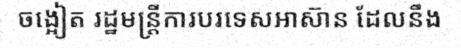
ចង្អៀត រដ្ឋមន្ត្រីការបរទេសអាស៊ាន ដែលនឹង